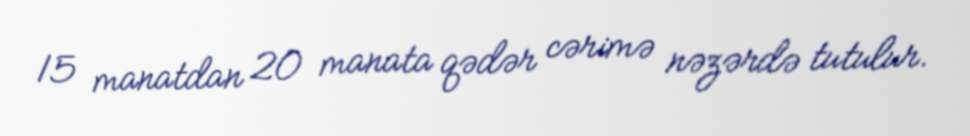
15 manatdan 20 manata qədər cərimə nəzərdə tutulur.